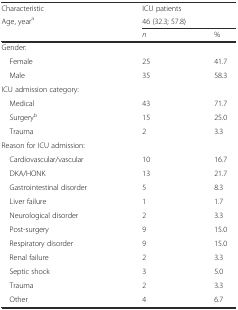
<table><thead><tr><td><b>Characteristic</b></td><td colspan="2"><b>ICU patients</b></td></tr><tr><td><b>Age, year<sup>a</sup></b></td><td colspan="2"><b>46 (32.3; 57.8)</b></td></tr><tr><td></td><td><b><i>n</i></b></td><td><b>%</b></td></tr></thead><tbody><tr><td>Gender:</td><td></td><td></td></tr><tr><td> Female</td><td>25</td><td>41.7</td></tr><tr><td> Male</td><td>35</td><td>58.3</td></tr><tr><td>ICU admission category:</td><td></td><td></td></tr><tr><td> Medical</td><td>43</td><td>71.7</td></tr><tr><td> Surgery<sup>b</sup></td><td>15</td><td>25.0</td></tr><tr><td> Trauma</td><td>2</td><td>3.3</td></tr><tr><td>Reason for ICU admission:</td><td></td><td></td></tr><tr><td> Cardiovascular/vascular</td><td>10</td><td>16.7</td></tr><tr><td> DKA/HONK</td><td>13</td><td>21.7</td></tr><tr><td> Gastrointestinal disorder</td><td>5</td><td>8.3</td></tr><tr><td> Liver failure</td><td>1</td><td>1.7</td></tr><tr><td> Neurological disorder</td><td>2</td><td>3.3</td></tr><tr><td> Post-surgery</td><td>9</td><td>15.0</td></tr><tr><td> Respiratory disorder</td><td>9</td><td>15.0</td></tr><tr><td> Renal failure</td><td>2</td><td>3.3</td></tr><tr><td> Septic shock</td><td>3</td><td>5.0</td></tr><tr><td> Trauma</td><td>2</td><td>3.3</td></tr><tr><td> Other</td><td>4</td><td>6.7</td></tr></tbody></table>